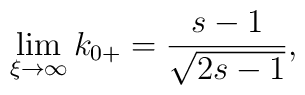
\lim_{\xi\rightarrow\infty}k_{0+}=\frac{s-1}{\sqrt{2s-1}},